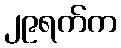
၂၉ရက်က